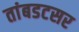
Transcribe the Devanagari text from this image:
तांबडटसर